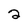
Character: 2